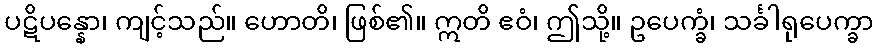
ပဋိပန္နော၊ ကျင့်သည်။ ဟောတိ၊ ဖြစ်၏။ ဣတိ ဧဝံ၊ ဤသို့။ ဥပေက္ခံ၊ သင်္ခါရုပေက္ခာ